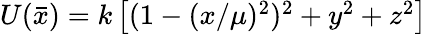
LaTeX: \begin{array}{r}{U(\bar{x})=k\left[(1-(x/\mu)^{2})^{2}+y^{2}+z^{2}\right]}\end{array}